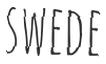
SWEDE